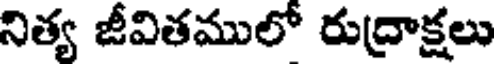
నిత్య జీవితములో రుద్రాక్షలు